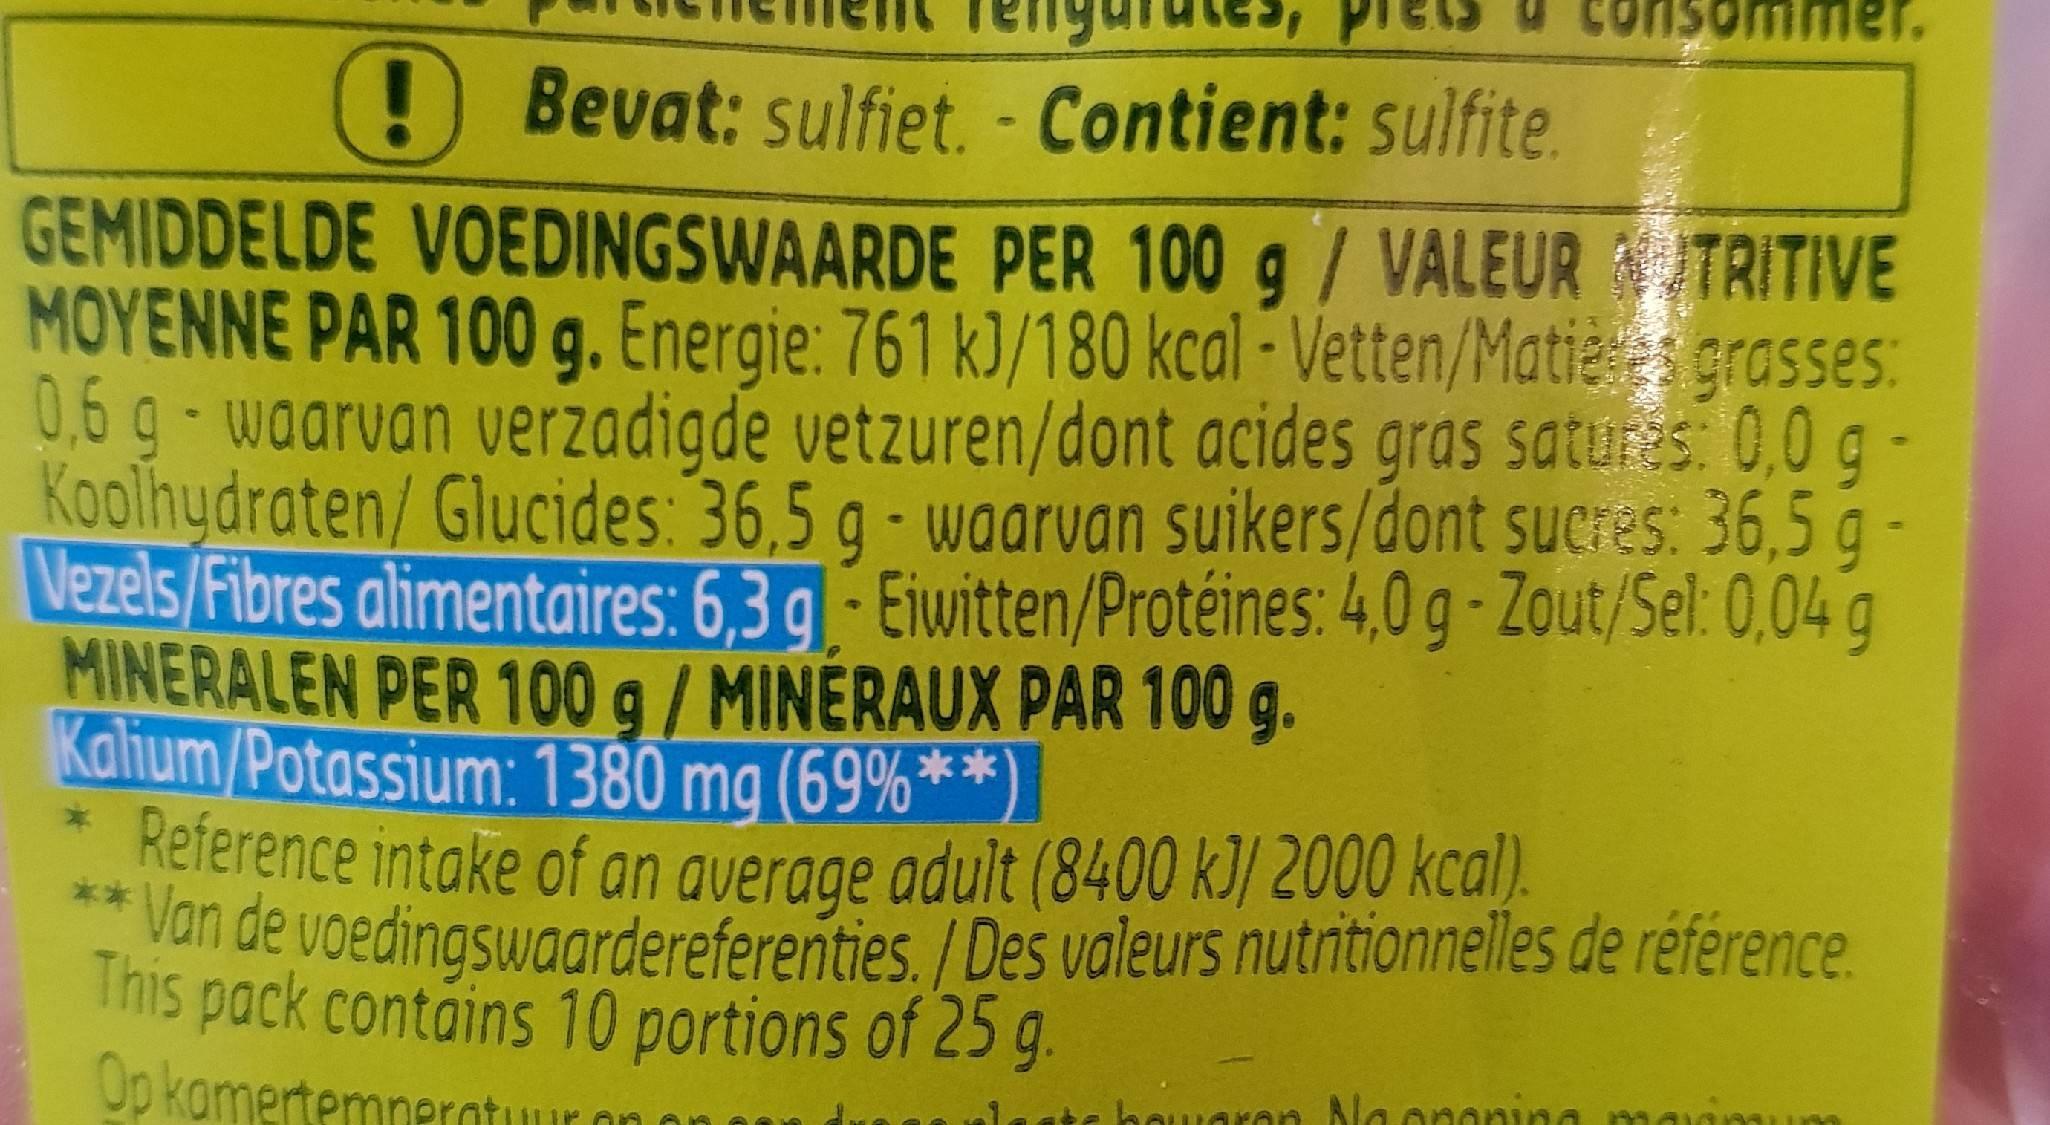
! Bevat: sulfiet. - Contient: sulfite
GEMIDDELDE VOEDINGSWAARDE PER 100 g / VALEURTRITIVE 9 MOYENNE PAR 100 g. Energie: 761 kJ/180 kcal-Vetten/Maties grasses: 0,6 g - waarvan verzadigde vetzuren/dont acides gras satures: 0,0 g - Koolhydraten/ Glucides: 36,5 g - waarvan suikers/dont sucres: 36,5 g - Vezels/Fibres alimentaires: 6,3 g Eiwitten/Protéines: 4,0 g-Zout/Sel: 0,04 g MINERALEN PER 100 g/MINERAUX PAR 100 g. Kalium/Potassium: 1380 mg (69%**)
&
Reference intake of an average adult (8400 kJ/ 2000 kcal)
** Van de voedingswaardereferenties. / Des valeurs nutritionnelles de référence. This pack contains 10 portions of 25 g.
Op kamertemperatuur on
te bewaren. Na onaning mar